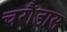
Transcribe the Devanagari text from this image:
चरौंडास